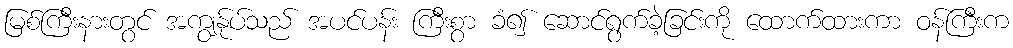
မြစ်ကြီးနားတွင် အကျွန်ုပ်သည် အပင်ပန်း ကြီးစွာ ခံ၍ ဆောင်ရွက်ခဲ့ခြင်းကို ထောက်ထားကာ ဝန်ကြီးက